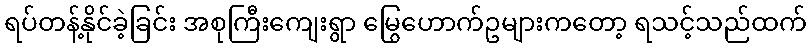
ရပ်တန့်နိုင်ခဲ့ခြင်း အစုကြီးကျေးရွာ မြွေဟောက်ဥများကတော့ ရသင့်သည်ထက်